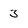
Character: 3